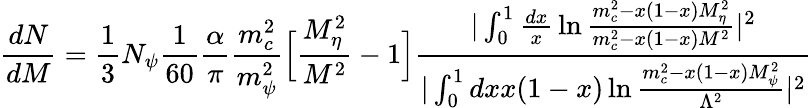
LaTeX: \frac{dN}{dM}=\frac{1}{3}N_{\psi}\frac{1}{60}\frac{\alpha}{\pi}\frac{m_{c}^{2}}{m_{\psi}^{2}}\Big[\frac{M_{\eta}^{2}}{M^{2}}-1\Big]\frac{\vert\int_{0}^{1}{\frac{dx}{x}}\ln\frac{m_{c}^{2}-x(1-x)M_{\eta}^{2}}{m_{c}^{2}-x(1-x)M^{2}}\vert^{2}}{\vert\int_{0}^{1}dxx(1-x)\ln\frac{m_{c}^{2}-x(1-x)M_{\psi}^{2}}{\Lambda^{2}}\vert^{2}}